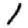
Digit: 1